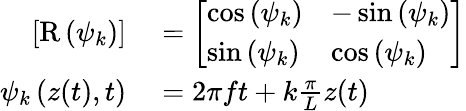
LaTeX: \begin{array}{rl}{\left[\mathrm{R}\left(\psi_{k}\right)\right]}&{{}=\left[\begin{array}{ll}{\cos\left(\psi_{k}\right)}&{-\sin\left(\psi_{k}\right)}\\ {\sin\left(\psi_{k}\right)}&{\cos\left(\psi_{k}\right)}\end{array}\right]}\\ {\psi_{k}\left(z(t),t\right)}&{{}=2\pi ft+k\frac{\pi}{L}z(t)}\end{array}